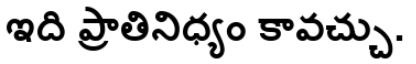
ఇది ప్రాతినిధ్యం కావచ్చు.